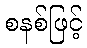
စနစ်ဖြင့်